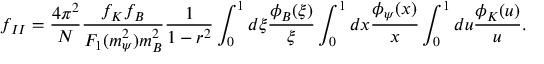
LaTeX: f _ { I I } = \frac { 4 \pi ^ { 2 } } { N } \frac { f _ { K } f _ { B } } { F _ { 1 } ( m _ { \psi } ^ { 2 } ) m _ { B } ^ { 2 } } \frac { 1 } { 1 - r ^ { 2 } } \int _ { 0 } ^ { 1 } d \xi \frac { \phi _ { B } ( \xi ) } { \xi } \int _ { 0 } ^ { 1 } d x \frac { \phi _ { \psi } ( x ) } { x } \int _ { 0 } ^ { 1 } d u \frac { \phi _ { K } ( u ) } { u } .